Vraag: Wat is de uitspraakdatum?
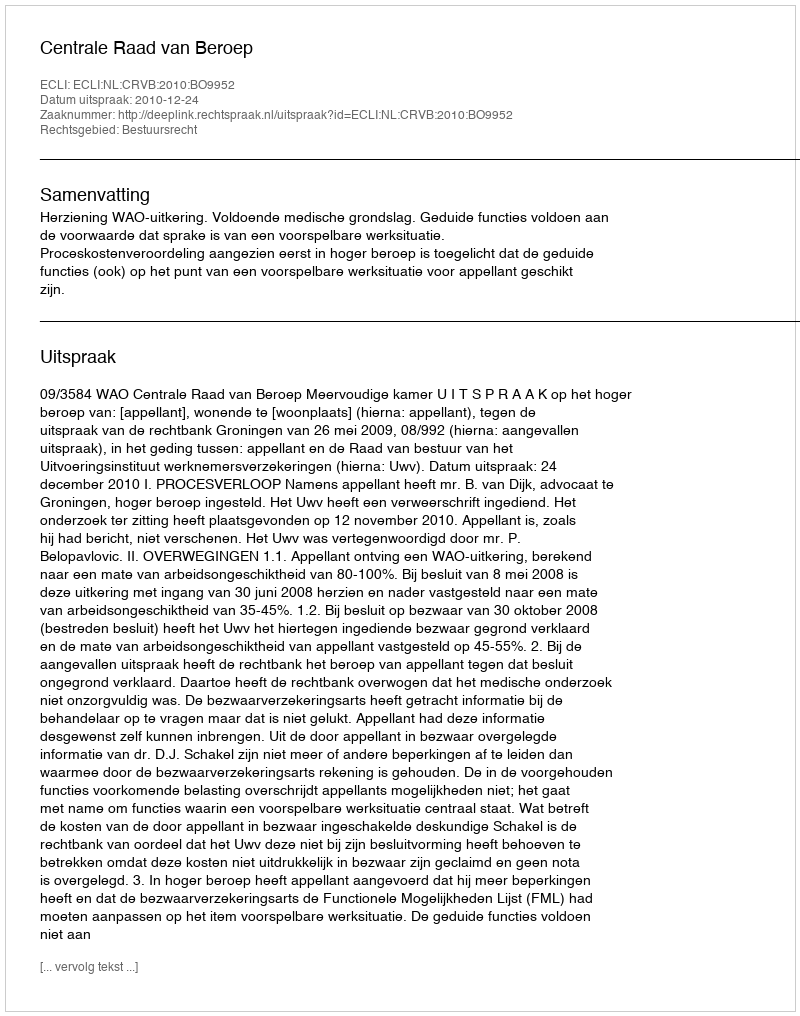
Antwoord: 2010-12-24